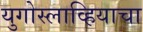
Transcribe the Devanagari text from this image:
युगोस्लाव्हियाचा